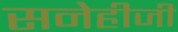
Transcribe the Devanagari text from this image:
सनेहीजी